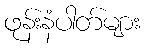
ဖုန်းနံပါတ်များ